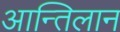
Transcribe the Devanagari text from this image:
आन्तिलान